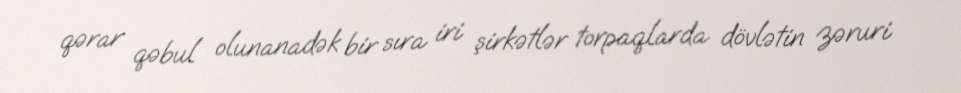
qərar qəbul olunanadək bir sıra iri şirkətlər torpaqlarda dövlətin zəruri